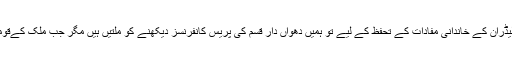
افسوس کے ساتھ یہ تحریر کرنا پڑرہا ہے کہ پارٹیوں اوراپنے اپنے لیڈران کے خاندانی مفادات کے تحفظ کے لیے تو ہمیں دھواں دار قسم کی پریس کانفرنسز دیکھنے کو ملتیں ہیں مگر جب ملک کےقومی مفاد کی بات آتی ہے تو سب ایک دوسرے کا منہ تکنے لگتے ہیں۔